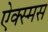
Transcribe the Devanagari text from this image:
ऐक्स्मस